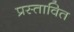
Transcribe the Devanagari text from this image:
प्रस्‍तावित